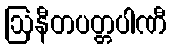
ဩနီတပတ္တပါဏီ